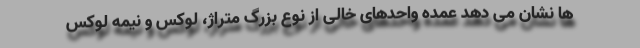
ها نشان می دهد عمده واحدهای خالی از نوع بزرگ متراژ، لوکس و نیمه لوکس